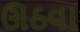
ઊઠવા